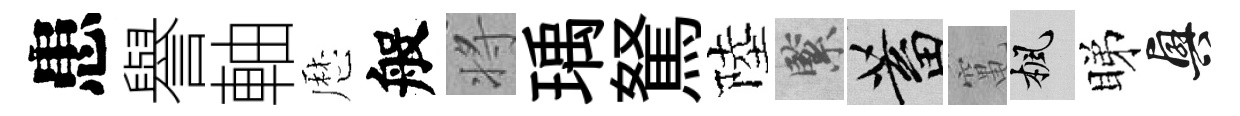
患譽軸厯般将瑀駑陸緊蓄𥧄楓睇興